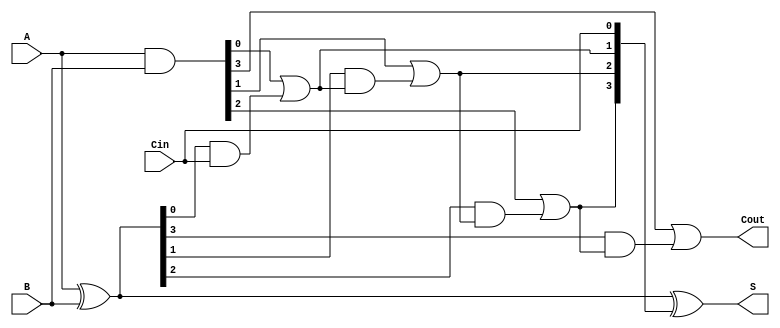
module SklanskyAdder #(parameter n = 4) (
    input  [n-1:0] A,      // First n-bit input
    input  [n-1:0] B,      // Second n-bit input
    input          Cin,     // Input carry
    output [n-1:0] S,      // n-bit sum output
    output         Cout     // Final carry output
);

    // Generate and Propagate signals
    wire [n-1:0] G; // Generate signals
    wire [n-1:0] P; // Propagate signals
    wire [n:0] C;   // Carry signals

    // Generate and Propagate calculations
    assign G = A & B;          // G[i] = A[i] & B[i]
    assign P = A ^ B;          // P[i] = A[i] ^ B[i]

    // Carry calculations
    assign C[0] = Cin;         // C[0] = Cin

    genvar i;
    generate
        for (i = 0; i < n; i = i + 1) begin : carry_calc
            if (i == 0) begin
                assign C[i + 1] = G[i] | (P[i] & C[i]); // C[1]
            end else begin
                assign C[i + 1] = G[i] | (P[i] & C[i]); // C[i + 1]
            end
        end
    endgenerate

    // Sum calculation
    assign S = P ^ C[n-1:0]; // S[i] = P[i] ^ C[i]

    // Final carry output
    assign Cout = C[n];       // Cout = C[n]

endmodule